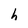
Character: h